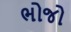
ભોજો